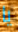
يا